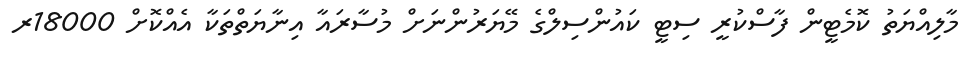
މާލިއްޔަތު ކޮމެޓީން ފާސްކުރީ ސިޓީ ކައުންސިލްގެ މޭޔަރުންނަށް މުސާރައާ އިނާޔަތްތަކާ އެއްކޮށް 18000ރ